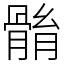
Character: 䯚